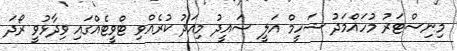
މިނިސްޓަރު މުހައްމަދު ޝަހީމް އަލީ ސައީދު މިއަދު ކުރެއްވި ޓްވީޓެއްގައި ވިދާޅުވީ ރޯދަ